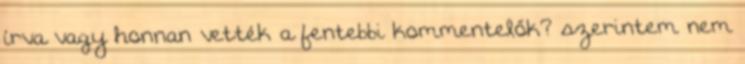
írva vagy honnan vették a fentebbi kommentelők? szerintem nem